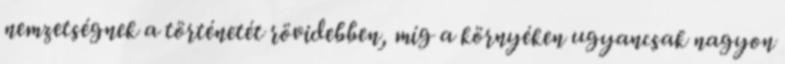
nemzetségnek a történetét rövidebben, míg a környéken ugyancsak nagyon